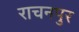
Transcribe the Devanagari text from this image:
राचनपुर